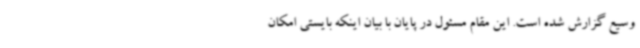
وسیع گزارش شده است. این مقام مسئول در پایان با بیان اینکه بایستی امکان